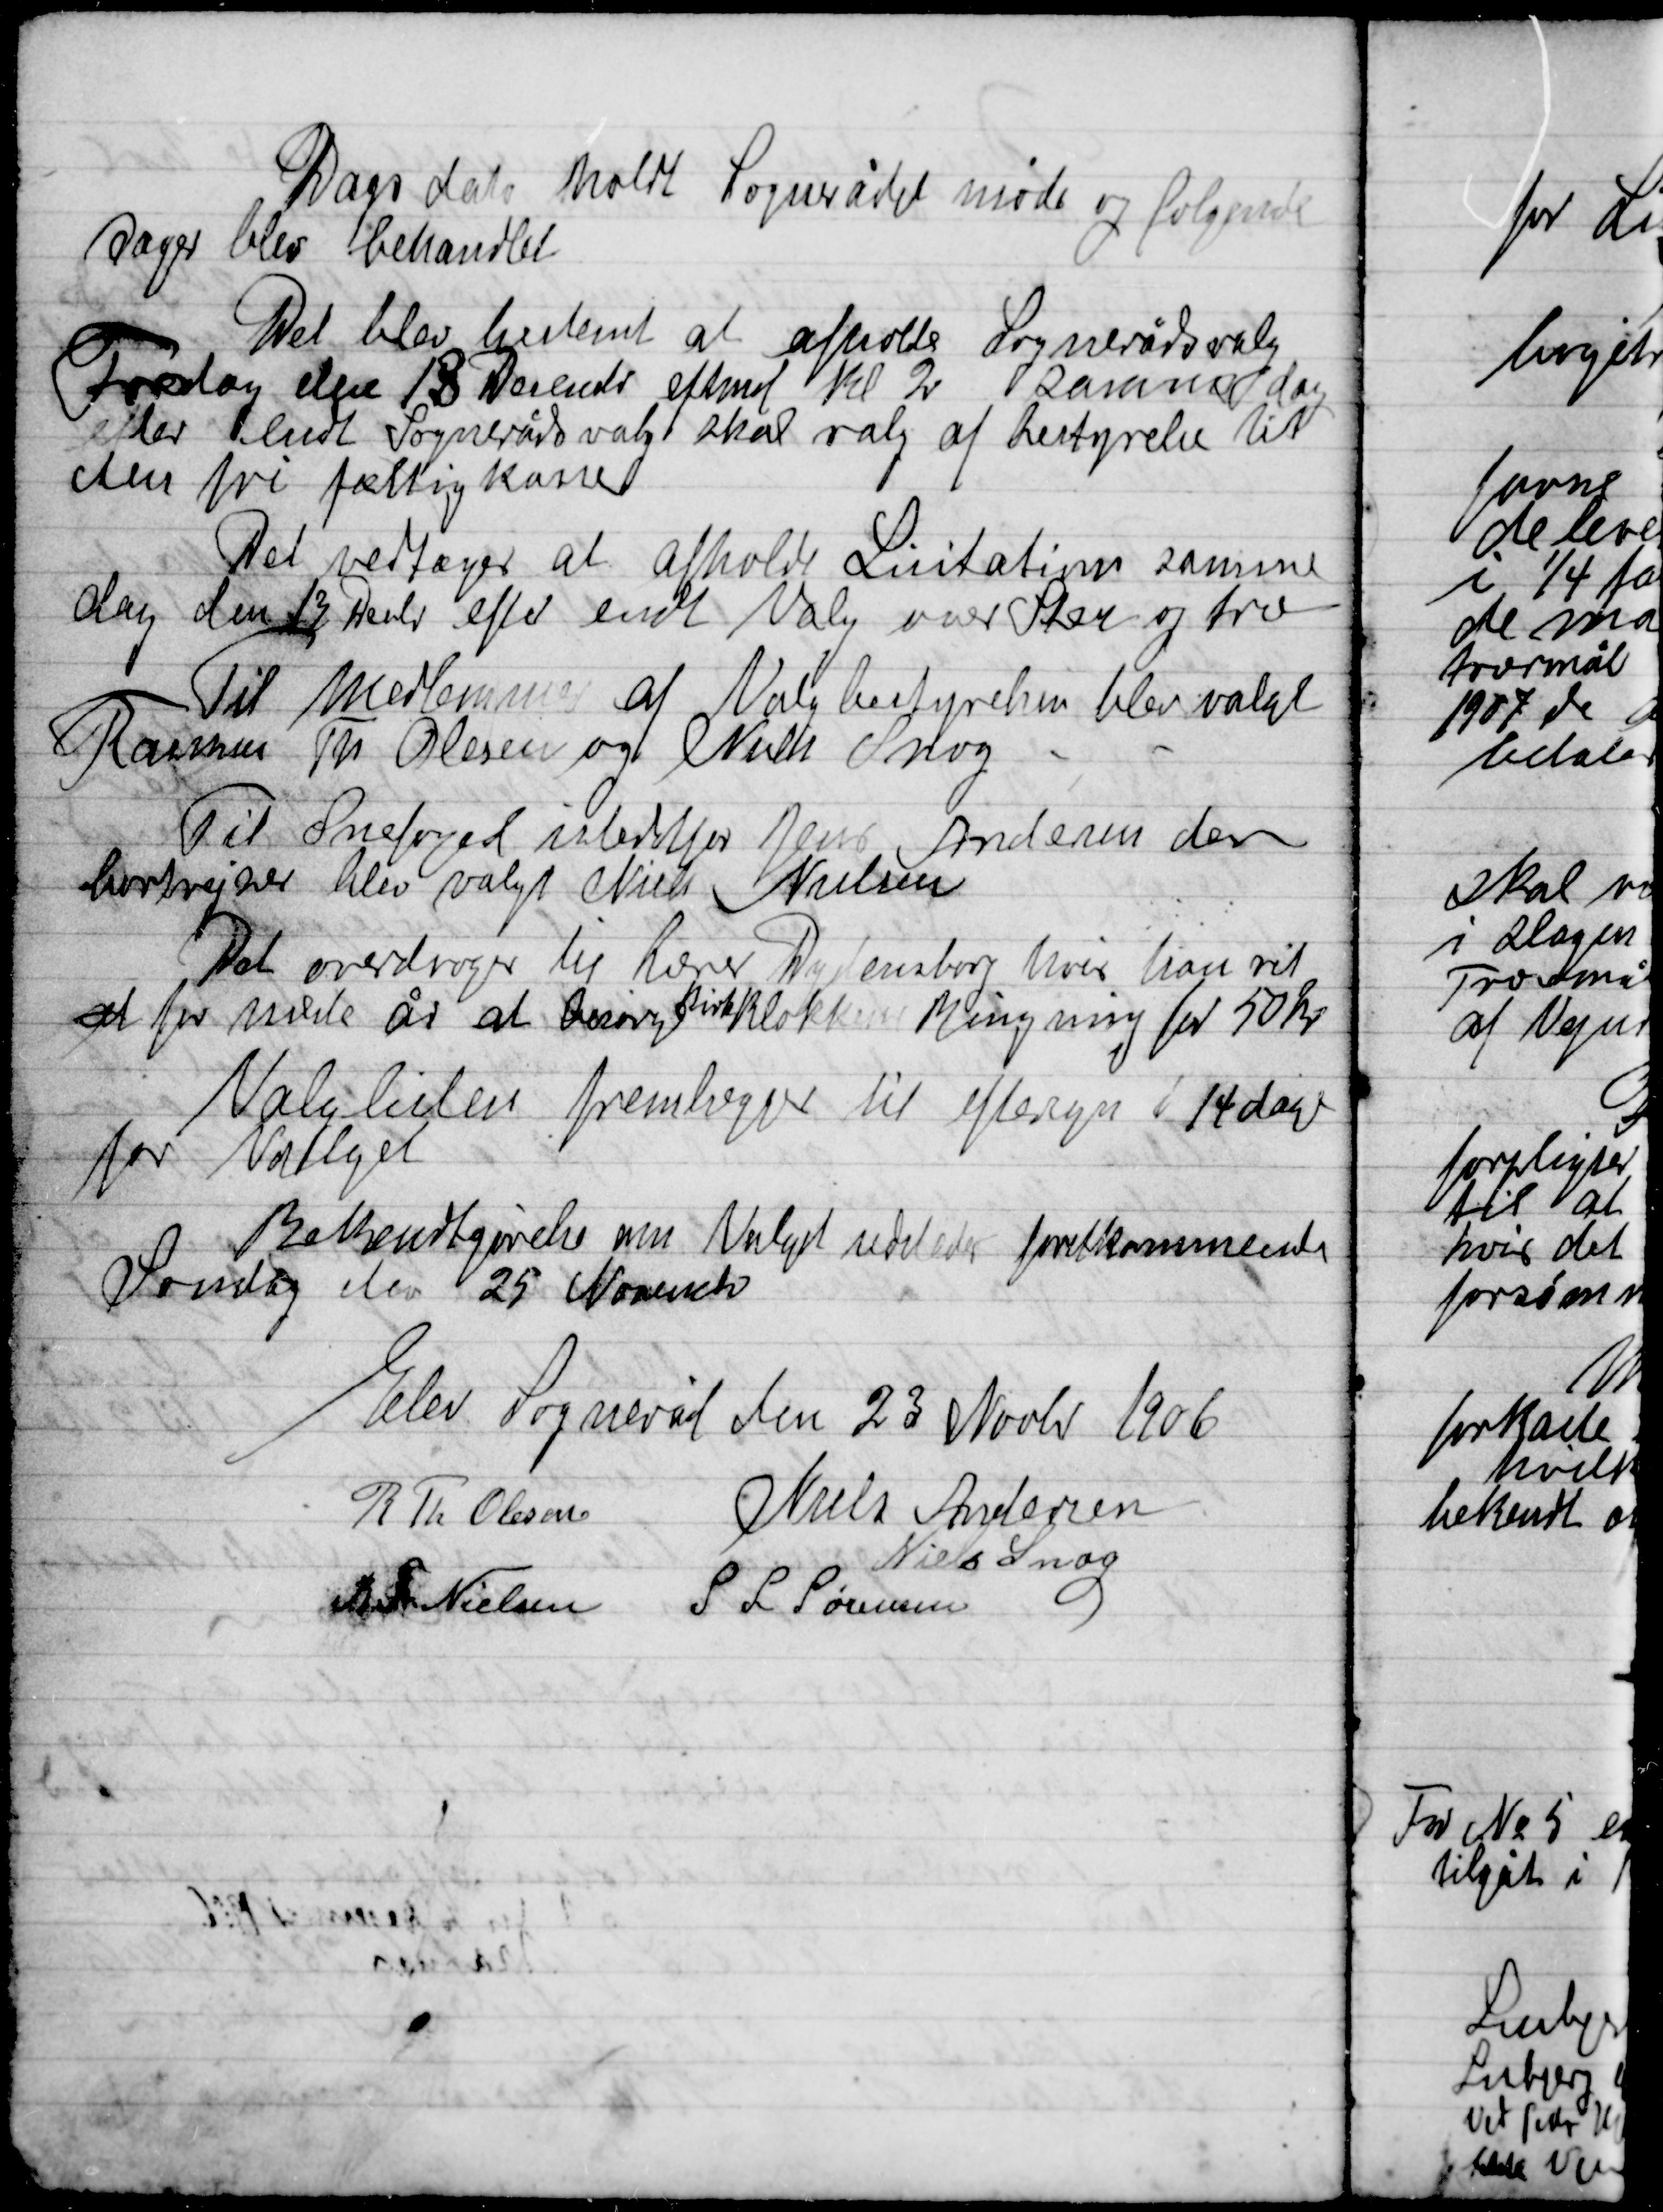
Transskription:
Dags dato holdt Sognerådet møde og følgende
Sager blev behandlet
Det blev bestemt at afholde Sognerådsvalg
Fredag den 13 December eftermd. kl. 2 samme dag
Der holdt Sognerådsvalgt skal valg af bestyrelse til
den fri fattigkasse
Det vedtoges at afholde Licitation samme
Dag den 13 Decbr. efter endt Valg var Sten og træ
Til Medlemmer af Valgbestyrelsen blev valgt
Rasmus Th. Olsen og Niels Snog
Til Snefoged indberetter Jens Andersen den
bortrejser blev valgt Niels Nielsen
Det overdroges til Lærer Dydensborg hvis han vil
at for næst år at besøge Kirkeklokkenes ringning for 50 Kr.
Valglisten fremlægges til eftersyn i 14 dage
før valget
Bekendtgørelsen om valget udeledes  førstkommende
Søndag den 25 November

Elev Sogneråd den 23 Novb. 1906

R. Th. Olesen
Niels Andersen
Niels Snog
R. Th. Nielsen
S. L. Sørensen